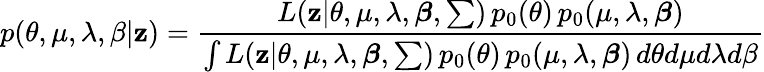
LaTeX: p(\theta,\mu,\lambda,\beta|\mathbf{z})=\frac{L(\mathbf{z}|\theta,\mu,\lambda,\boldsymbol{\beta},\sum)\, p_{0}(\theta)\, p_{0}(\mu,\lambda,\boldsymbol{\beta})}{\int L(\mathbf{z}|\theta,\mu,\lambda,\boldsymbol{\beta},\sum)\, p_{0}(\theta)\, p_{0}(\mu,\lambda,\boldsymbol{\beta})\, d\theta d\mu d\lambda d\beta}